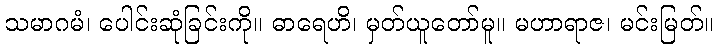
သမာဂမံ၊ ပေါင်းဆုံခြင်းကို။ ဓာရေဟိ၊ မှတ်ယူတော်မူ။ မဟာရာဇ၊ မင်းမြတ်။